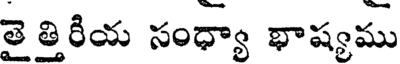
తైత్తిరీయ సంధ్యా భాష్యము